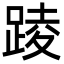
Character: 踜